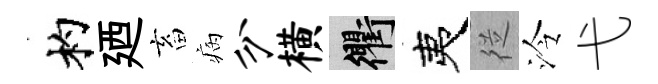
杓廼畜病分横衢夷従泠弋